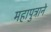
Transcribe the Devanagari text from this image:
महापुत्राने